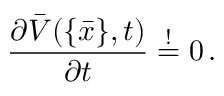
\frac { \partial \bar { V } ( \{ \bar { x } \} , t ) } { \partial t } \stackrel { ! } { = } 0 \, .